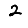
Digit: 2